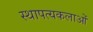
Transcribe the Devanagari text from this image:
स्थापत्यकलाओं